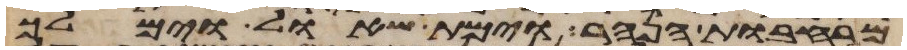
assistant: מרחבות הנהר וימת שאול וימלך